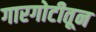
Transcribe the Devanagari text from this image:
गारगोटीतून